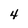
Character: 4